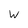
Character: W